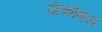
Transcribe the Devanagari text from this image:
जेकोबस